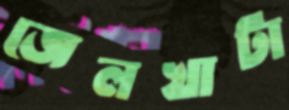
জেলখাটা